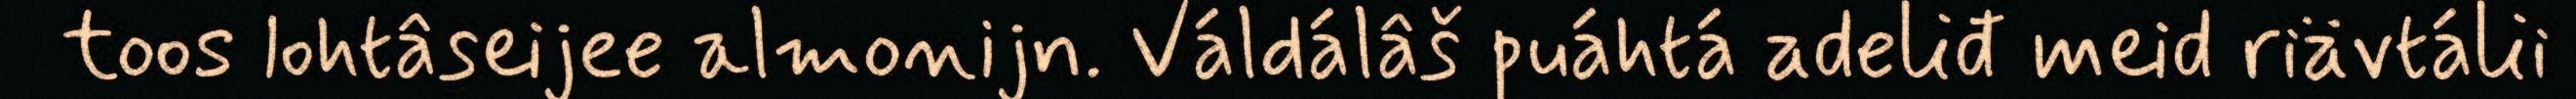
toos lohtâseijee almonijn. Váldálâš puáhtá adeliđ meid riävtálii